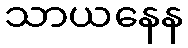
သာယနေန